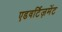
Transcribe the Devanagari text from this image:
एडवर्टिज़मेंट